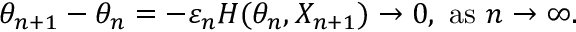
\theta _ { n + 1 } - \theta _ { n } = - \varepsilon _ { n } H ( \theta _ { n } , X _ { n + 1 } ) \rightarrow 0 , { \mathrm { ~ a s ~ } } n \rightarrow \infty .